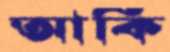
আর্কি